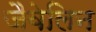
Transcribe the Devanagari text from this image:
जैवेलिन